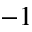
^ { - 1 }